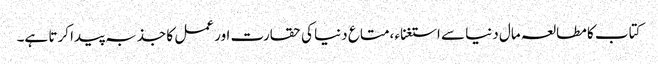
کتاب کا مطالعہ مال دنیا سے استغناء ،متاع دنیا کی حقارت اور عمل کا جذبہ پیدا کرتا ہے۔